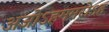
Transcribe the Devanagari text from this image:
अजोऽहममरोऽहं